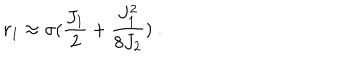
r _ { 1 } \approx \sigma ( { \frac { J _ { 1 } } { 2 } } + { \frac { J _ { 1 } ^ { 2 } } { 8 J _ { 2 } } } ) ~ .